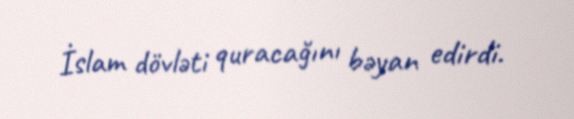
İslam dövləti quracağını bəyan edirdi.